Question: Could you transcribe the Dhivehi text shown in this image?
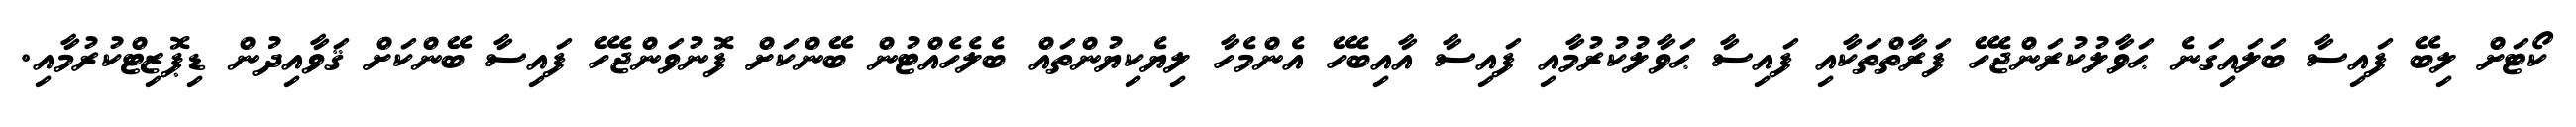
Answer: ކޯޓަށް ލިބޭ ފައިސާ ބަލައިގަނެ ޙަވާލުކުރަންޖެހޭ ފަރާތްތަކާއި ފައިސާ ޙަވާލުކުރުމާއި ފައިސާ އާއިބެހޭ އެންމެހާ ލިޔެކިޔުންތައް ބެލެހެއްޓުން ބޭންކަށް ފޮނުވަންޖެހޭ ފައިސާ ބޭންކަށް ޤަވާއިދުން ޑިޕޮޒިޓްކުރުމާއި.